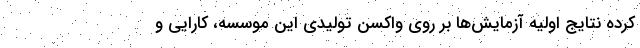
کرده نتایج اولیه آزمایش‌ها بر روی واکسن تولیدی این موسسه، کارایی و